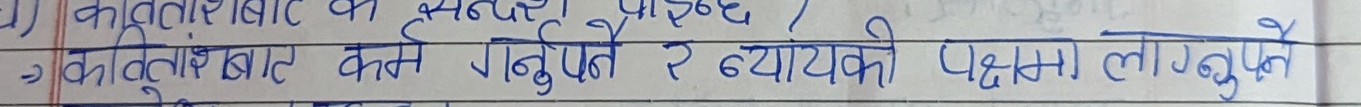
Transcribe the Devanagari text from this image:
घ) कर्तव्यावहार के सन्दर्भमा पाइन्छ /
→ कर्तव्यावहार कर्म गर्नुपर्ने र न्यायको पक्षमा लाग्नुपर्ने